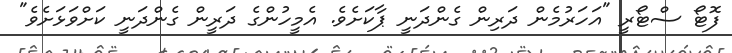
ފޮޓޯ ސްޓޯރީ "އަހަރުމެން ދަރިން ގެންދަނީ ޕާކަށެވެ. އެމީހުންގެ ދަރީން ގެންދަނީ ކަށްވަޅަށެވެ"